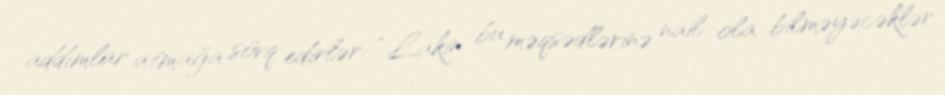
addımlar atmağa sövq edirlər: “Lakin bu məqsədlərinə nail ola bilməyəcəklər.